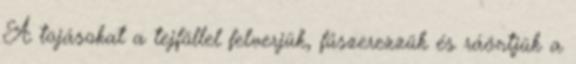
A tojásokat a tejföllel felverjük, fűszerezzük és ráöntjük a